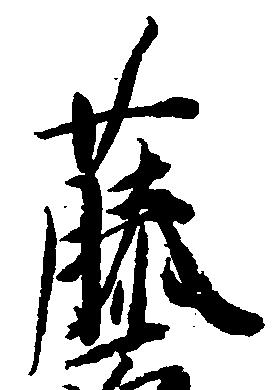
藤